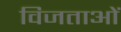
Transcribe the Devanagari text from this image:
विजताओं